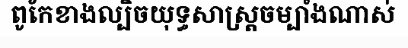
ពូកែខាងល្បិចយុទ្ធសាស្ត្រចម្បាំងណាស់